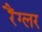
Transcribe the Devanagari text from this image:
रैंग्लर